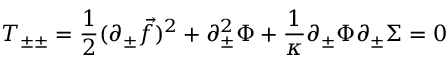
T _ { \pm \pm } = { \frac { 1 } { 2 } } ( \partial _ { \pm } { \vec { f } } ) ^ { 2 } + \partial _ { \pm } ^ { 2 } \Phi + { \frac { 1 } { \kappa } } \partial _ { \pm } \Phi \partial _ { \pm } \Sigma = 0